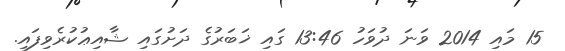
15 މައި 2014 ވަނަ ދުވަހު 13:46 ގައި ޚަބަރުގެ ދަށުގައި ޝާއިޢުކުރެވިފައި.